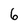
Character: 6